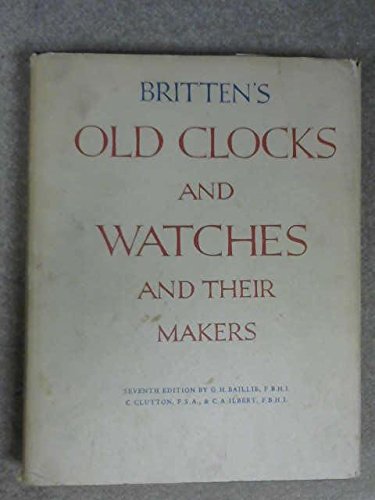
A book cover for Britten's Old Clocks and Watches and Their Makers, 7th Edition; G. H. Baillie; Crafts, Hobbies & Home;